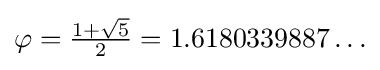
{\textstyle \varphi ={\frac {1+{\sqrt {5}}}{2}}=1.6180339887\ldots }